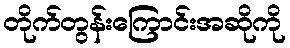
တိုက်တွန်းကြောင်းအဆိုကို